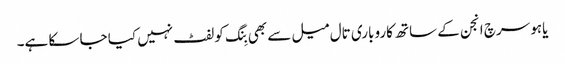
یاہو سرچ انجن کے ساتھ کاروباری تال میل سے بھی بِنگ کو لفٹ نہیں کیا جا سکا ہے۔